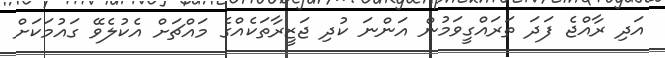
އަދި ރާއްޖެ ފަދަ ތަރައްގީވަމުން އަންނަ ކުދި ޖަޒީރާތަކެއްގެ މައްޗަށް އެކުލެވޭ ގައުމަކަށް